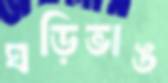
ঘড়িভাঙ